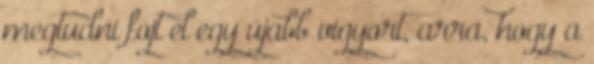
megtudni fojt el egy újabb vigyort, arra, hogy a